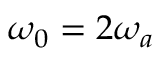
\omega _ { 0 } = 2 \omega _ { a }